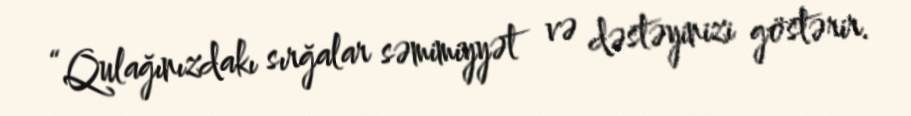
“Qulağınızdakı sırğalar səmimiyyət və dəstəyinizi göstərir.